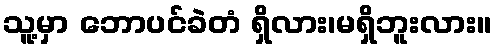
သူ့မှာ ဘောပင်ခဲတံ ရှိလား၊မရှိဘူးလား။